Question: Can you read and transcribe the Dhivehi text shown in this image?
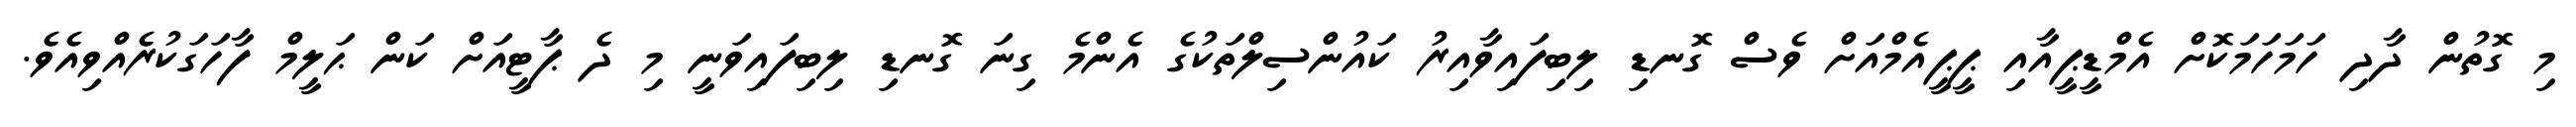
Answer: މި ގޮތުން ދާދި ހަމަހަމަކޮށް އެމްޑީޕީއާއި ޕީޕީއެމްއަށް ވެސް ގޮނޑި ލިބިފައިވާއިރު ކައުންސިލްތަކުގެ އެންމެ ގިނަ ގޮނޑި ލިބިފައިވަނީ މި ދެ ޕާޓީއަށް ކަން ޙަލީމް ފާހަގަކުރެއްވިއެވެ.